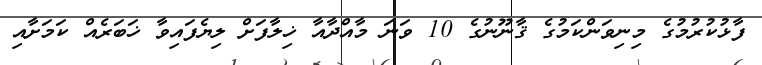
ފާޅުކުރުމުގެ މިނިވަންކަމުގެ ޤާނޫނުގެ 10 ވަނަ މާއްދާއާ ޚިލާފަށް ލިޔެފައިވާ ޚަބަރެއް ކަމަށާއި